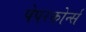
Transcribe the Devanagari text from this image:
पेपरकोर्न्स